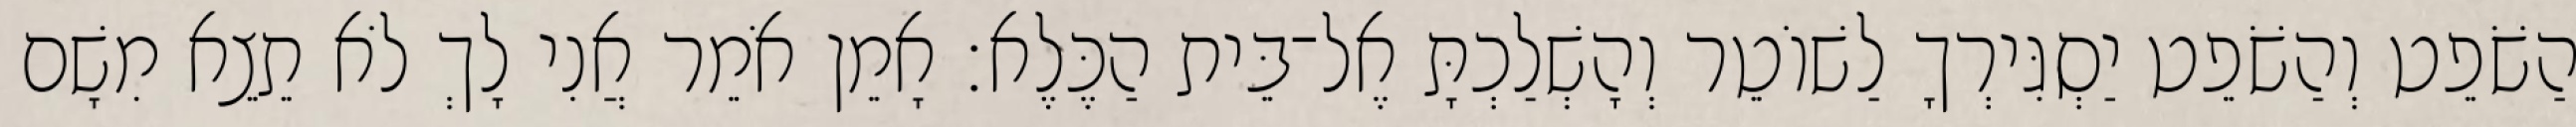
הַשֹׁפֵט וְהַשֹׁפֵט יַסְגִּירְךָ לַשׁוֹטֵר וְהָשְׁלַכְתָּ אֶל־בֵּית הַכֶּלֶא׃ אָמֵן אֹמֵר אֲנִי לָךְ לֹא תֵצֵא מִשָׁם